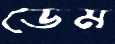
ডেম